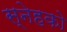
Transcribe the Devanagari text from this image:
स्नेहको